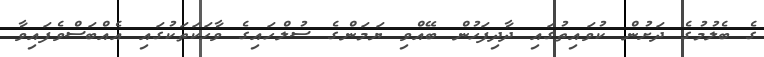
ގެ ބެލުމުގެ ދަށުން ކުވައިތުގައި ދާދިފަހުން ބޭއްވި ޔަމަންގެ ސުލްހައިގެ ވާހަކަތަކުގައި އެއްބަސްވެފައިވާ